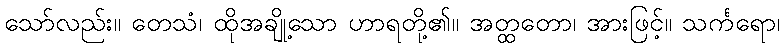
သော်လည်း။ တေသံ၊ ထိုအချို့သော ဟာရတို့၏။ အတ္ထတော၊ အားဖြင့်။ သင်္ကရော၊